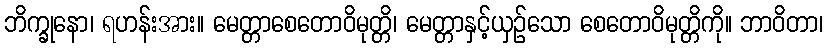
ဘိက္ခုနော၊ ရဟန်းအား။ မေတ္တာစေတောဝိမုတ္တိ၊ မေတ္တာနှင့်ယှဉ်သော စေတောဝိမုတ္တိကို။ ဘာဝိတာ၊